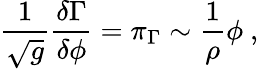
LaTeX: \frac 1{\sqrt{g}}\frac{\delta\Gamma}{\delta\phi}=\pi_{\Gamma}\sim\frac 1\rho\phi~,